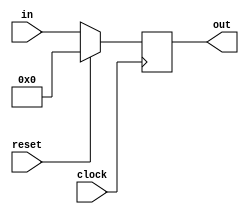
module pc(in,out,reset,clock);
    input [31:0] in;
    input reset,clock;
    output [31:0] out;

    reg [31:0] out;

    always@(posedge clock) begin
        if(reset) begin
            out <= 32'b00000000000000000000000000000000;
        end else begin
            out <= in;
        end
    end
endmodule